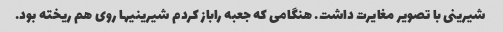
شیرینی با تصویر مغایرت داشت. هنگامی که جعبه راباز کردم شیرینیها روی هم ریخته بود.